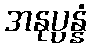
အနုပ္ပန္နံ